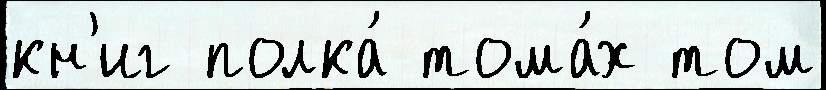
кн'иг полка́ тома́х том